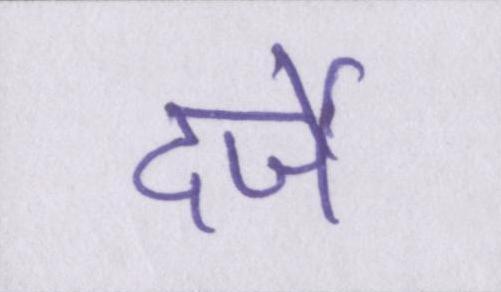
दर्जे